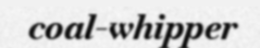
coal-whipper